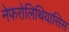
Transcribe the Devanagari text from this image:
नेफरोलिथियासिस